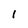
Character: 1